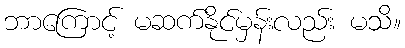
ဘာကြောင့် မဆက်နိုင်မှန်းလည်း မသိ။